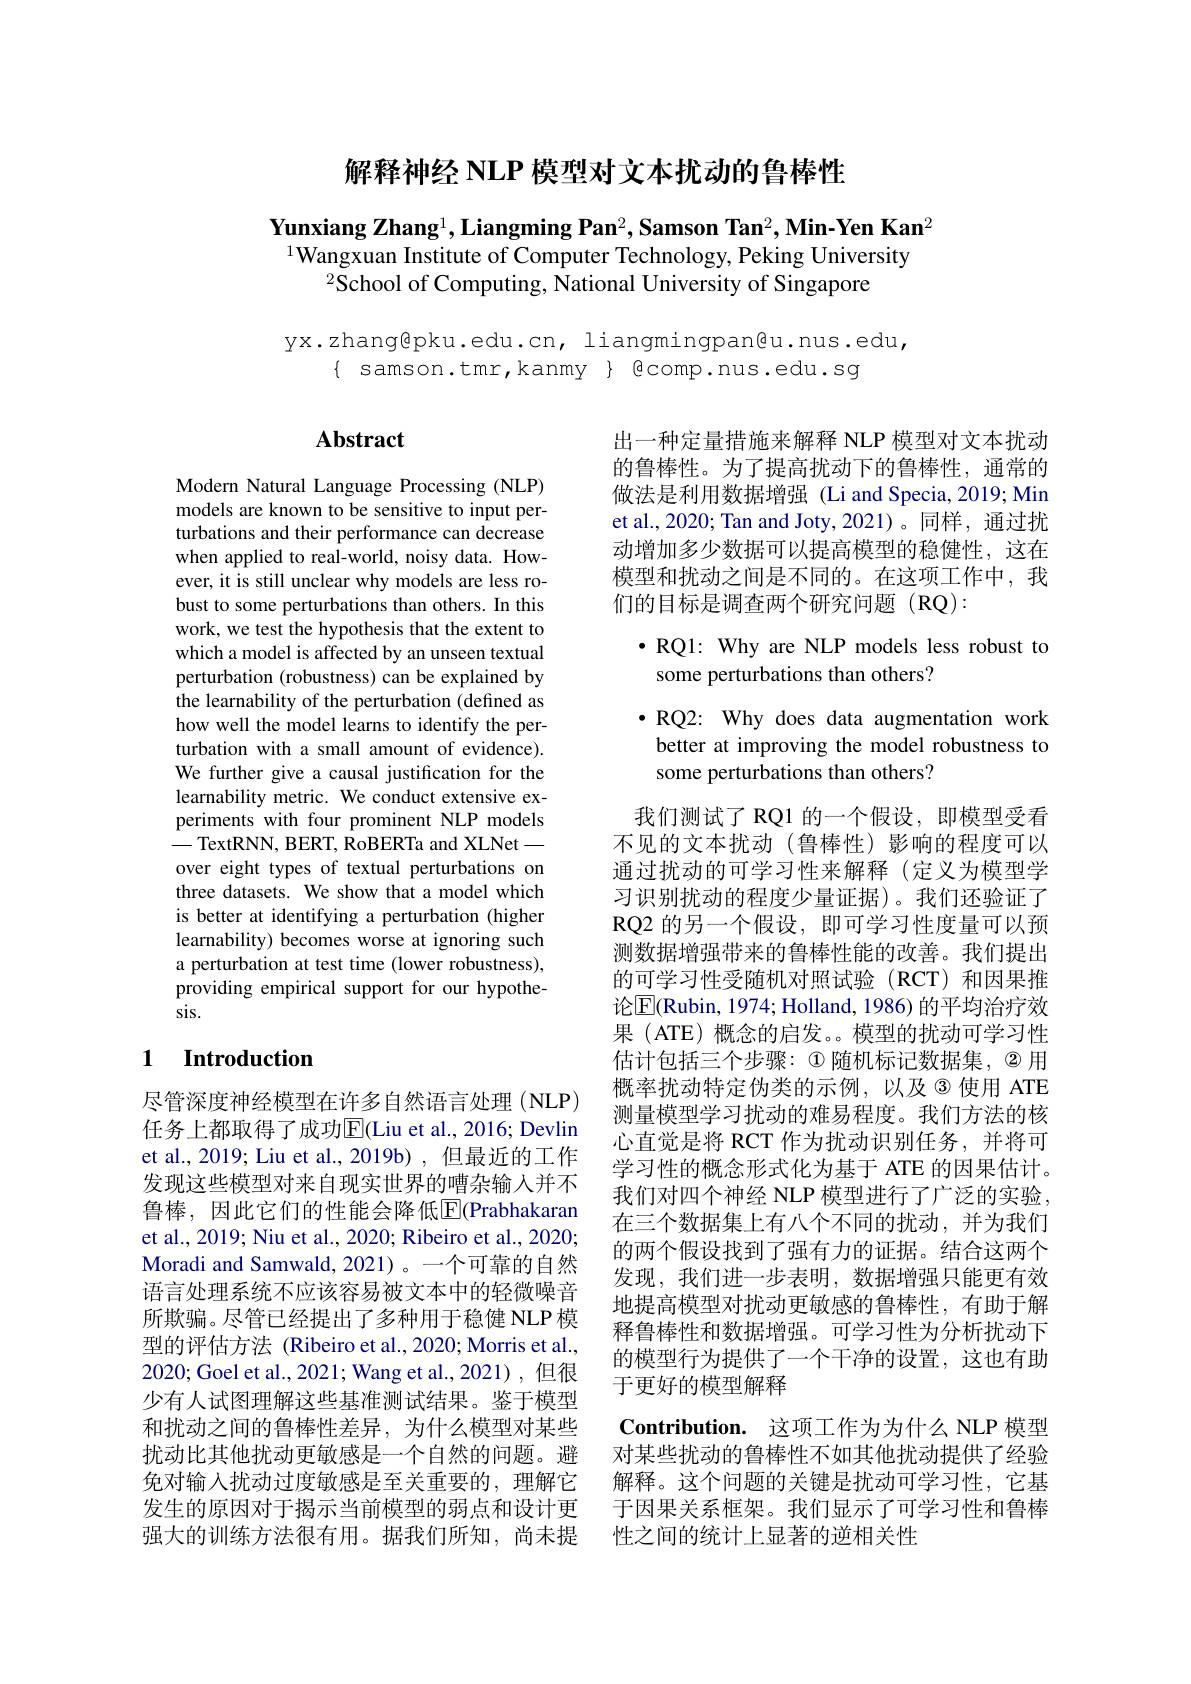
解释神经 NLP 模型对文本扰动的鲁棒性

Yunxiang Zhang$^1,\textbf{Liangming Pan}^2,\textbf{Samson Tan}^2,\textbf{Min-Yen Kan}^2$
$^{1}$Wangxuan Institute of Computer Technology, Peking University
$^{2}$School of Computing, National University of Singapore

yx.zhang@pku.edu.cn, liangmingpan@u.nus.edu,
$\{$ samson.tmr,kanmy $\}$ Bcomp.nus.edu.sg

## Abstract

出一种定量措施来解释 NLP 模型对文本扰动的鲁棒性。为了提高扰动下的鲁棒性，通常的做法是利用数据增强 (Li and Specia,2019;Min et al., 2020; Tan and Joty, 2021)。同样，通过扰动增加多少数据可以提高模型的稳健性，这在模型和扰动之间是不同的。在这项工作中，我们的目标是调查两个研究问题(RQ):

Modern Natural Language Processing (NLP) models are known to be sensitive to input perturbations and their performance can decrease when applied to real-world, noisy data. However, it is still unclear why models are less robust to some perturbations than others. In this work, we test the hypothesis that the extent to which a model is affected by an unseen textual perturbation (robustness) can be explained by the learnability of the perturbation (defined as how well the model learns to identify the perturbation with a small amount of evidence). We further give a causal justification for the learnability metric. We conduct extensive experiments with four prominent NLP models -TextRNN, BERT, RoBERTa and XLNetover eight types of textual perturbations on three datasets. We show that a model which is better at identifying a perturbation (higher learnability) becomes worse at ignoring such a perturbation at test time (lower robustness), providing empirical support for our hypothesis.

### 1 $\textbf{Introduction}$

尽管深度神经模型在许多自然语言处理(NLP) 任务上都取得了成功$\overline{\mathrm{E}}($Liu et al., 2016; Devlin et al., 2019; Liu et al., 2019b) , 但最近的工作发现这些模型对来自现实世界的嘈杂输入并不鲁棒，因此它们的性能会降低[E](Prabhakaran et al., 2019; Niu et al., 2020; Ribeiro et al., 2020; Moradi and Samwald, 2021)。一个可靠的自然语言处理系统不应该容易被文本中的轻微噪音所欺骗。尽管已经提出了多种用于稳健 NLP 模型的评估方法 (Ribeiro et al., 2020; Morris et al., 2020;Goel et al.,2021; Wang et al.,2021),但很少有人试图理解这些基准测试结果。鉴于模型和扰动之间的鲁棒性差异，为什么模型对某些扰动比其他扰动更敏感是一个自然的问题。避免对输入扰动过度敏感是至关重要的，理解它发生的原因对于揭示当前模型的弱点和设计更强大的训练方法很有用。据我们所知，尚未提 性之间的统计上显著的逆相关性

·RQ1: Why are NLP models less robust to
some perturbations than others?

$\bullet$RQ2: Why does data augmentation work better at improving the model robustness to some perturbations than others?

我们测试了 RQ1 的一个假设，即模型受看不见的文本扰动(鲁棒性)影响的程度可以通过扰动的可学习性来解释(定义为模型学习识别扰动的程度少量证据)。我们还验证了RQ2 的另一个假设，即可学习性度量可以预测数据增强带来的鲁棒性能的改善。我们提出的可学习性受随机对照试验(RCT)和因果推论$\boxed{\mathrm{E}}($Rubin, 1974; Holland, 1986) 的平均治疗效果 (ATE) 概念的启发。模型的扰动可学习性估计包括三个步骤：$\textcircled{1}$随机标记数据集，$\textcircled{2}$用概率扰动特定伪类的示例，以及3使用 ATE 测量模型学习扰动的难易程度。我们方法的核心直觉是将 RCT 作为扰动识别任务，并将可学习性的概念形式化为基于 ATE 的因果估计。我们对四个神经 NLP 模型进行了广泛的实验， 在三个数据集上有八个不同的扰动，并为我们的两个假设找到了强有力的证据。结合这两个发现，我们进一步表明，数据增强只能更有效地提高模型对扰动更敏感的鲁棒性，有助于解释鲁棒性和数据增强。可学习性为分析扰动下的模型行为提供了一个干净的设置，这也有助于更好的模型解释
$\textbf{Contribution. 这 项 工 作 为 为 什 么 NLP 模 型 }$

对某些扰动的鲁棒性不如其他扰动提供了经验解释。这个问题的关键是扰动可学习性，它基于因果关系框架。我们显示了可学习性和鲁棒